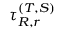
\tau _ { R , r } ^ { ( T , S ) }